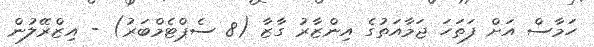
ހަމާސް އަށް ފަތަހަ ޖަމާއަތުގެ އިންޒާރު ގާޒާ (8 ސެޕްޓެމްބަރު) - އިޒްރޭލުން